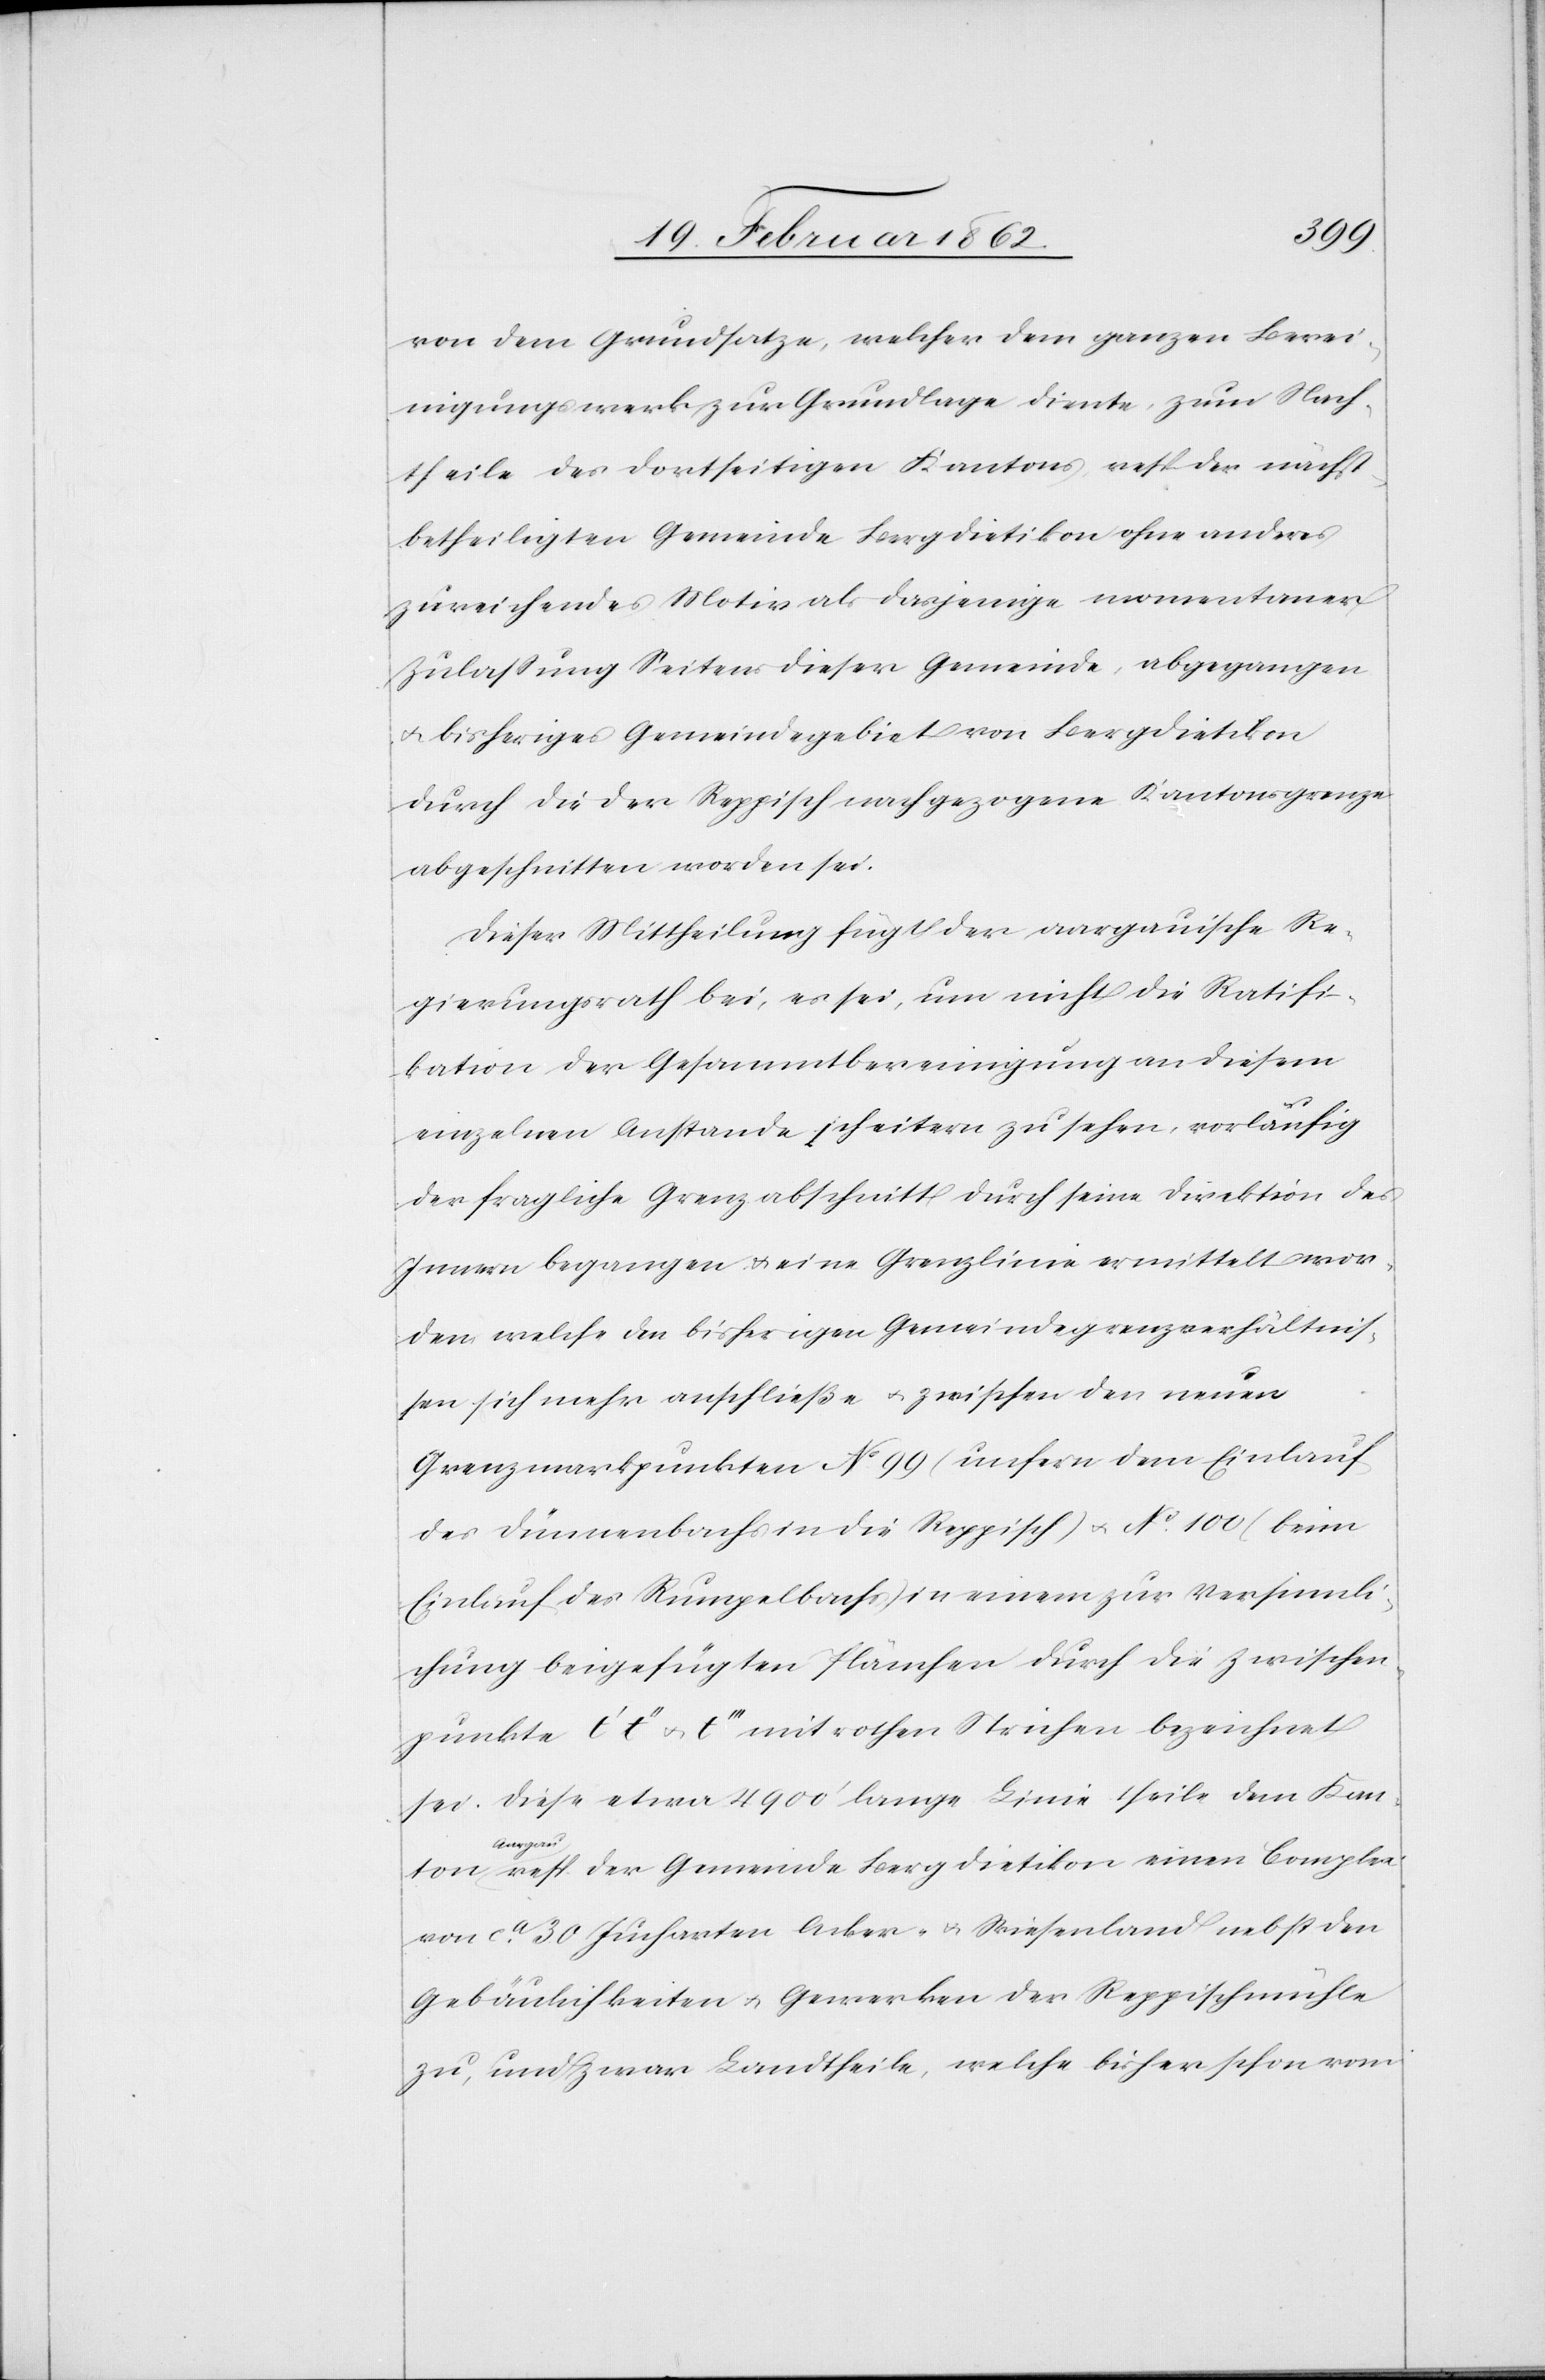
Aarg¬
ton
von dem Grundsatze, welcher dem ganzen Berei¬
nigungswerk zur Grundlage diente, zum Nach¬
theile des dortseitigen Kantons resp der nächst¬
betheiligten Gemeinde Bergdietikon ohne anderes
zureichendes Motiv als dasjenige momentander
Zulaßung Seitens dieser Gemeinde, abgegangen
u. bisheriges Gemeindegebiet von Bergdietikon
durch die der Reppisch nachgezogene Kantonsgrenze
abgeschnitten worden sei.
Dieser Mittheilung fügt der aargauische Re¬
gierungsrath bei, es sei, um nicht die Ratifi¬
kation der Gesammtbereinigung an diesem
einzelnen Anstande scheitern zu sehen, vorläufig
der fragliche Grenzabschnitt durch seine Direktion des
Innern begangen u. eine Grenzlinie ermittelt wor¬
den welche den bisherigen Gemeindegrenzverhältnis¬
sen sich mehr anschließe u. zwischen den neuen
Grenzmarkpunkten No. 99 (unfern dem Einlauf
des Dünnenbachs in die Reppisch) u. No. 100 (beim
Einlauf des Rumpelbachs) in einem zur Versinnli¬
chung beigefügten Plänchen durch die Zwischen¬
punkte t’ tt’’ u. t’’’ mit rothen Strichen bezeichnet
sei. Diese etwa 4900’ lange Linie theile dem Kan¬
au resp. der Gemeinde Bergdietikon einen Complex
von ca. 30 Jucharten Acker- u. Wiesenland nebst den
Gebäulichkeiten u. Gewerken der Reppischmühle
zu, und zwar Landtheile, welche bisher schon vom